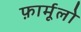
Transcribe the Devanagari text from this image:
फ़ार्मूलो